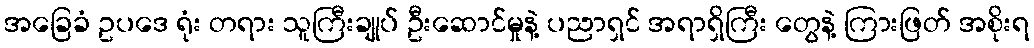
အခြေခံ ဥပဒေ ရုံး တရား သူကြီးချုပ် ဦးဆောင်မှုနဲ့ ပညာရှင် အရာရှိကြီး တွေနဲ့ ကြားဖြတ် အစိုးရ